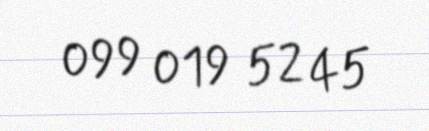
099 019 52 45